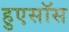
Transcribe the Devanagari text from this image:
हुएसॉस